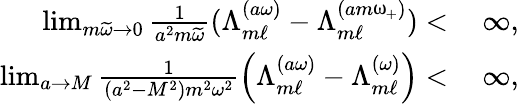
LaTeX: \begin{array}{rl}{\operatorname*{lim}_{m\widetilde{\omega}\to 0}\frac{1}{a^{2}m\widetilde{\omega}}(\Lambda_{m\ell}^{(a\omega)}-\Lambda_{m\ell}^{(am\upomega_{+})})<}&{\: \infty,}\\ {\operatorname*{lim}_{a\to M}\frac{1}{(a^{2}-M^{2})m^{2}\omega^{2}}\left(\Lambda_{m\ell}^{(a\omega)}-\Lambda_{m\ell}^{(\omega)}\right)<}&{\: \infty,}\end{array}